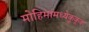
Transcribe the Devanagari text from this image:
मोहिमांमध्येकुकूक